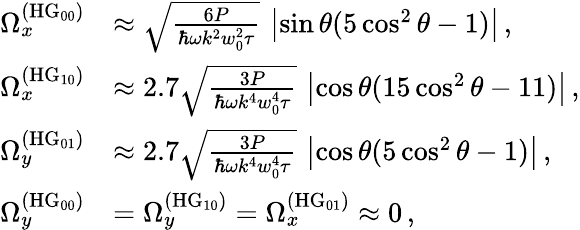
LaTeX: \begin{array}{rl}{\Omega_{x}^{(\mathrm{HG}_{00})}}&{\approx\sqrt{\frac{6P}{\hbar\omega k^{2}w_{0}^{2}\tau}}\, \left|\sin\theta(5\cos^{2}\theta-1)\right|\, ,}\\ {\Omega_{x}^{(\mathrm{HG}_{10})}}&{\approx 2.7\sqrt{\frac{3P}{\hbar\omega k^{4}w_{0}^{4}\tau}}\, \left|\cos\theta(15\cos^{2}\theta-11)\right|\, ,}\\ {\Omega_{y}^{(\mathrm{HG}_{01})}}&{\approx 2.7\sqrt{\frac{3P}{\hbar\omega k^{4}w_{0}^{4}\tau}}\, \left|\cos\theta(5\cos^{2}\theta-1)\right|\, ,}\\ {\Omega_{y}^{(\mathrm{HG}_{00})}}&{=\Omega_{y}^{(\mathrm{HG}_{10})}=\Omega_{x}^{(\mathrm{HG}_{01})}\approx 0\, ,}\end{array}